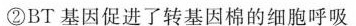
②BT 基因促进了转基因棉的细胞呼吸